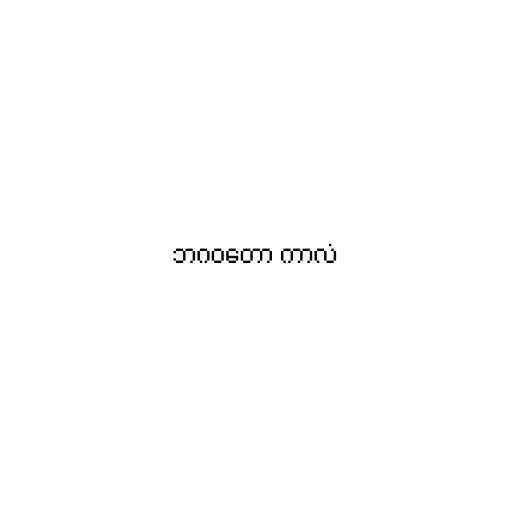
ဘဂဝတော ကာလံ